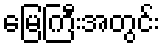
မြေကြီးအတွင်း